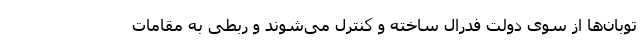
توبان‌ها از سوی دولت فدرال ساخته و کنترل می‌شوند و ربطی به مقاماتِ